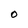
Character: O